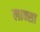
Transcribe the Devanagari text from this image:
लाक्सा